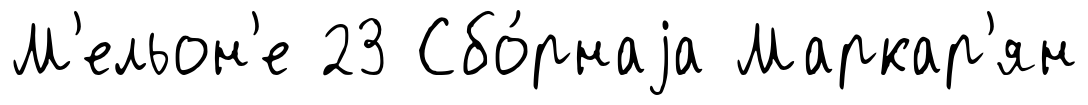
М'ельон'е 23 Сбо́рнаjа Маркар'ян